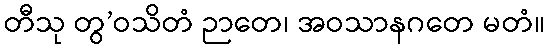
တီသု တွ’ဝသိတံ ဉာတေ၊ အဝသာနဂတေ မတံ။